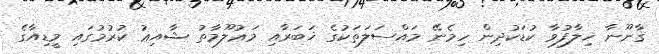
ޤާނޫނާ ޚިލާފުވާ ކުޑަކުދިން ހިމެނޭ މައްސަލަތަކުގެ ޚަބަރާއި މަޢުލޫމާތު ޝާއިޢު ކުރުމުގައި މީޑިއާގެ